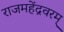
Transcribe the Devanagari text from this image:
राजमहेंद्रवरम्